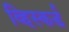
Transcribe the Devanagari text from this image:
व्हिस्कर्ड